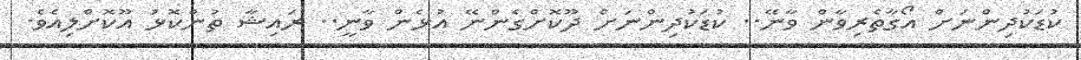
ކުޑަކުދިންނަށް އޯގާތެރިވާން ވާނޭ.. ކުޑަކުދިންނަށް ދޫކޮށްގެންނޭ އުޅެން ވާނީ.. ރައިޝާ ތުންކޮޅު އޫކޮށްލިއެވެ.